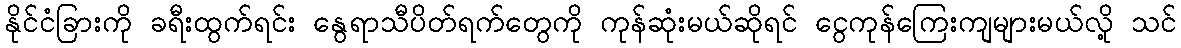
နိုင်ငံခြားကို ခရီးထွက်ရင်း နွေရာသီပိတ်ရက်တွေကို ကုန်ဆုံးမယ်ဆိုရင် ငွေကုန်ကြေးကျများမယ်လို့ သင်